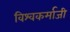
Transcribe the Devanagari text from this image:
विश्वकर्माजी